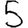
Digit: 5